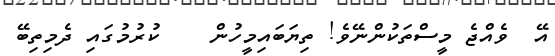
އޭ  ވެއްޖެ މީސްތަކުންނޭވެ! ތިޔަބައިމީހުން    ކުރުމުގައި ދެމިތިބޭ